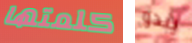
كلمتها يبدو